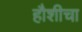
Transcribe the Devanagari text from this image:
हौशीचा